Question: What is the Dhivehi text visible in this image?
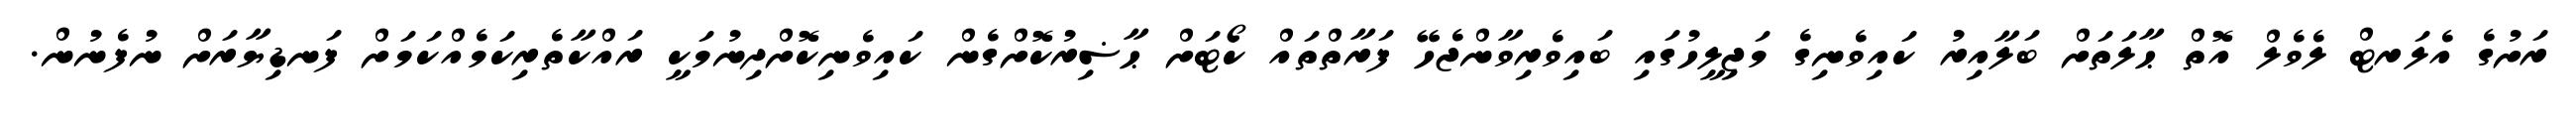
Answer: ރަށުގެ އެލަރޓް ލެވެލް އޮތް ޙާލަތަށް ބަލާއިރު ކައިވެނިގެ މަޖިލީހުގައި ބައިވެރިވާންޖެހޭ ފަރާތްތައް ކޯޓަށް ޙާޟިރުކޮށްގެން ކައިވެނިކޮށްދިނުމަކީ ރައްކާތެރިކަމެއްކަމަށް ފަނޑިޔާރަށް ނުފެނުން.